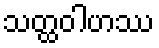
သတ္ထဝါဟဿ